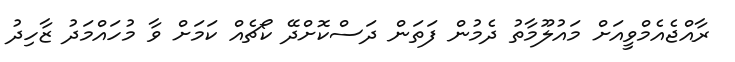
ރާއްޖެއެމްވީއަށް މައުލޫމާތު ދެމުން ފަތަން ދަސްކޮށްދޭ ކޯޗެއް ކަމަށް ވާ މުހައްމަދު ޒާހިދު